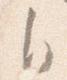
自